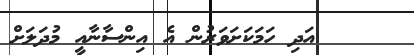
٨     އަދި ހަމަކަށަވަރުންް އެ އިންސާނާއީ މުދަލަށް